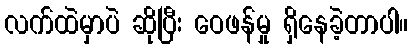
လက်ထဲမှာပဲ ဆိုပြီး ဝေဖန်မှု ရှိနေခဲ့တာပါ။